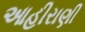
આહીરાણી